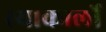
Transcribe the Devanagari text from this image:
रयाकार्लो